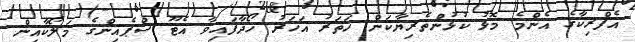
އެފްރިކާގެ އެންމެ މޮޅު ކުޅުންތެރިޔާކަން ހަތަރު އަހަރު ހޯދާފައިވާ އެޓޫ ސްޕެއިންގެ މަލޯކާއިން